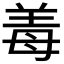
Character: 𬙰